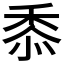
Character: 𮮐